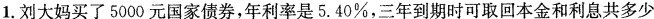
1.刘大妈买了5000元国家债券，年利率是5.40%，三年到期时可取回本金和利息共多少